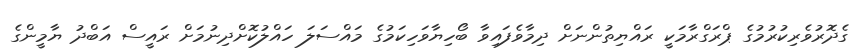
ގެދޮރުވެރިކުރުމުގެ ޕްރަގްރާމަކީ ރައްޔިތުންނަށް ދިމާވެފައިވާ ބޯހިޔާވަހިކަމުގެ މައްސަލަ ހައްލުކޮށްދިނުމަށް ރައީސް އަބްދު ޔާމީންގެ